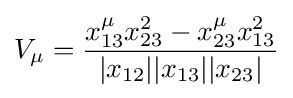
V_{\mu }={\frac {x_{13}^{\mu }x_{23}^{2}-x_{23}^{\mu }x_{13}^{2}}{|x_{12}||x_{13}||x_{23}|}}